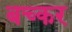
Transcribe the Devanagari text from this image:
बच्कर